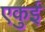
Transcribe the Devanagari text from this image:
एकुई